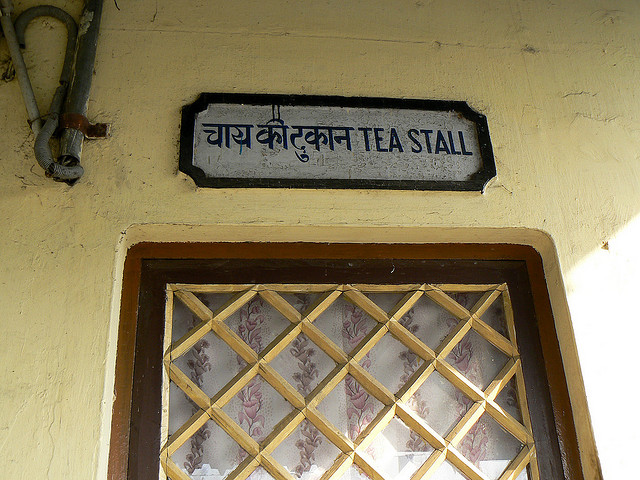
Language: hindi
Transcription: दुकान चाय की